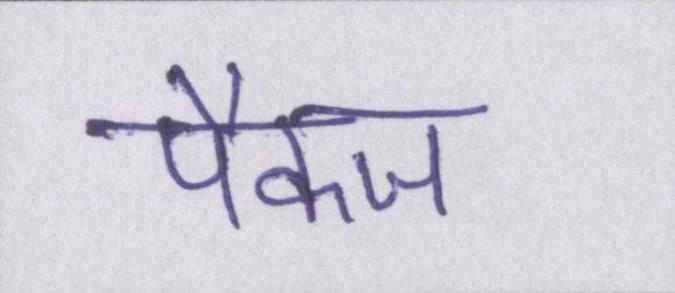
पैकज